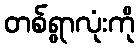
တစ်ရွာလုံးကို